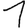
Digit: 1